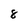
Character: 8